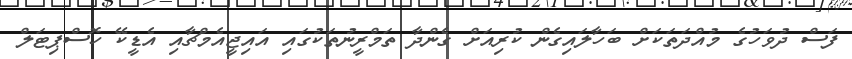
ފަސް ދުވަހުގެ މުއްދަތަކަށް ބަހާލައިގެން ކުރިއަށް ގެންދާ ތަމްރީނުތަކުގައި އައިޖީއެމްޗާއި އެޑީކޭ ހޮސްޕިޓަލް